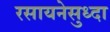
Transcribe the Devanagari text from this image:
रसायनेसुध्दा